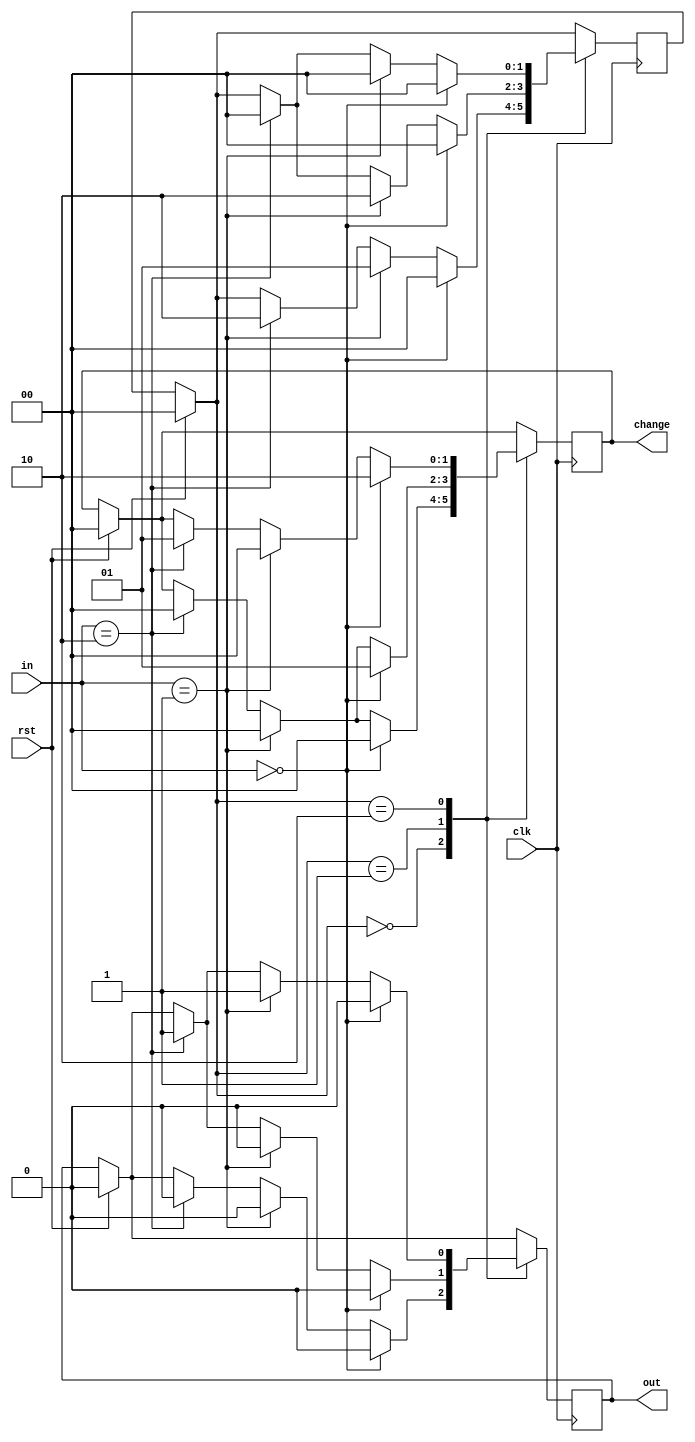
module vending_machine(
    input clk,rst, // by default net(cannot store value)
    input [1:0] in,
    output reg out, //explicitly declare reg(can store values)(1bit; values -0 and 1 )
    output reg [1:0] change //change is 2 bit; 00=0rs 01=5rs 10=10rs
);
parameter s0= 2'b00; //0rs
parameter s1= 2'b01; //5 rs
parameter s2= 2'b10; //10rs

reg [1:0] c_state,n_state;

always @(posedge clk)
    begin
        if (rst==1) begin
            c_state=s0;
            n_state=s0;
            change=0;
            out=0;
        end
        else 
            c_state=n_state;

            case (c_state)
                s0: begin 
                    if(in==0) begin
                        out=0;
                        change=0;
                        n_state=s0;
                    end
                    else if(in == 2'b01) begin
                        out=0;
                        change=0;
                        n_state=s1;
                    end
                    else if(in==2'b10) begin
                        out=0;
                        change=0;
                        n_state=s2;
                    end
                    
                end
                s1:
                    if(in==0) begin
                        out=0;
                        change=2'b01;
                        n_state=s0;
                    end
                    else if(in==2'b01) begin
                        out = 0;
                        change = 0;
                        n_state= s2;
                    end
                    else if(in==2'b10) begin
                        out=1;
                        change=0;
                        n_state=s0;
                    end
                s2:
                    if(in==0) begin
                        out=0;
                        change=2'b10;
                        n_state=s0;
                    end
                    else if(in==2'b01) begin
                        out = 1;
                        change = 0;
                        n_state= s0;
                    end
                    else if(in==2'b10) begin
                        out=1;
                        change=2'b01;
                        n_state=s0;
                    end
            endcase
    end
endmodule